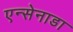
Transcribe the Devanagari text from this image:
एन्सेनाडा